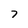
Character: 7